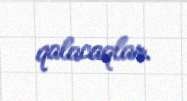
qalacaqlar.